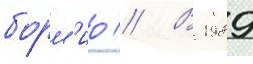
борм'ио // В 1989